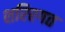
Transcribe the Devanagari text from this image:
शरिरगत